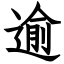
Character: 逾